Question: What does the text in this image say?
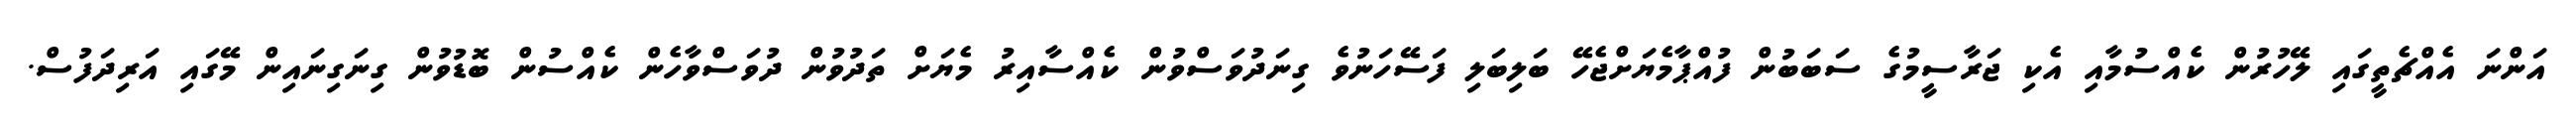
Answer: އަންނަ އެއްޗެތީގައި ލޭހުރުން ކެއްސުމާއި އެކި ޖަރާސީމުގެ ސަބަބުން ފުއްޕާމެޔަށްޖެހޭ ބަލިބަލި ފަސޭހަނުވެ ގިނަދުވަސްވުން ކެއްސާއިރު މެޔަށް ތަދުވުން ދުވަސްވާހެން ކެއްސުން ބޮޑުވުން ގިނަގިނައިން މޭގައި އަރިދަފުސް.